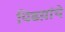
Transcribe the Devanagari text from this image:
पिढय़ांचे